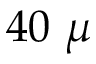
4 0 \ \mu